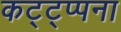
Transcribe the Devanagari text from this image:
कट्ट्प्पना